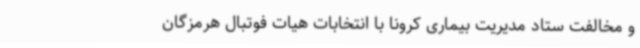
و مخالفت ستاد مدیریت بیماری کرونا با انتخابات هیات فوتبال هرمزگان